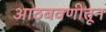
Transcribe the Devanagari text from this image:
आठबवणीतून